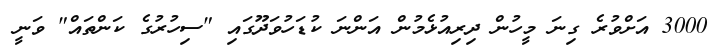
3000 އަށްވުރެ ގިނަ މީހުން ދިރިއުޅެމުން އަންނަ ކުޑަހުވަދޫގައި "ސިހުރުގެ ކަންތައް" ވަނީ